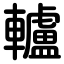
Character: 轤